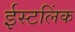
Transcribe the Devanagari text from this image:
ईस्टलिंक